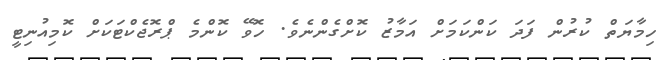
ހިމާޔަތް ކުރުން ފަދަ ކަންކަމަށް އަމާޒު ކޮށްގެންނެވެ. ހޮވޭ ކޮންމެ ޕްރޮޖެކްޓަކަށް ކޮމިއުނިޓީ